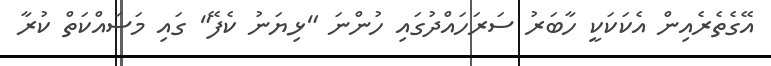
އޭގެތެރެއިން އެކަކަކީ ހާބަރު ސަރަހައްދުގައި ހުންނަ "ޅިޔަނު ކެފޭ" ގައި މަސައްކަތް ކުރާ